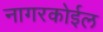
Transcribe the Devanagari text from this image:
नागरकोईल